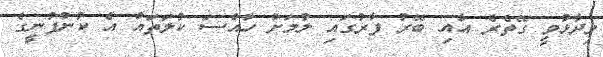
ވިދާޅުވީ ގޭތެރެ އާއި ބޭރު ފާރުގައި ލުމަށް ހާއްސަ ކުލަތައް އެ ކުންފުނީގެ